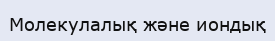
Молекулалық және иондық